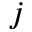
j